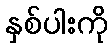
နှစ်ပါးကို